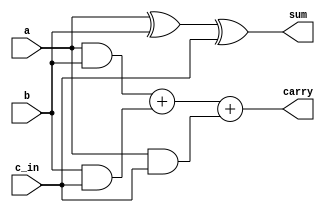
`timescale 1ps/100fs

module full_adder(
    input a,
    input b,
    input c_in ,
    output  sum,
    output  carry
  
);

assign #120  sum = a ^ b ^ c_in;
assign #80  carry = (a & b) +(b & c_in) + (a & c_in);

endmodule // full_adder